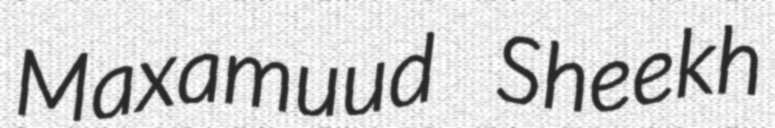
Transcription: Maxamuud Sheekh